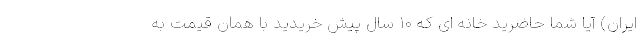
ایران) آیا شما حاضرید خانه ای که ۱۰ سال پیش خریدید با همان قیمت به